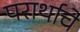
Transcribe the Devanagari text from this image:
परार्थाचे